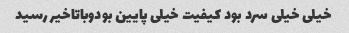
خیلی خیلی سرد بود کیفیت خیلی پایین بودوباتاخیر رسید